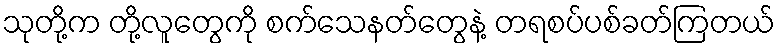
သုတို့က တို့လူတွေကို စက်သေနတ်တွေနဲ့ တရစပ်ပစ်ခတ်ကြတယ်